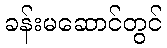
ခန်းမဆောင်တွင်